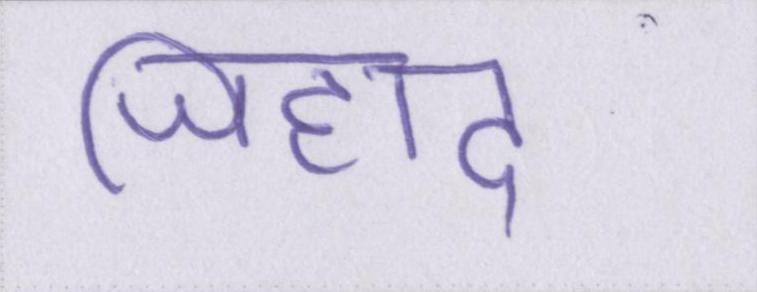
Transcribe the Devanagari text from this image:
जिहाद